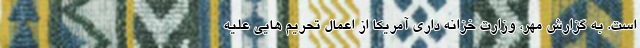
است. به گزارش مهر، وزارت خزانه داری آمریکا از اعمال تحریم هایی علیه